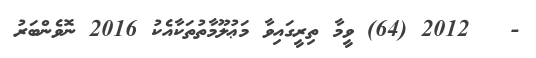
-   2012 (64) ވީމާ ތިރީގައިވާ މަޢުލޫމާތުތަކާއެކު 2016 ނޮވެންބަރު